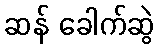
ဆန် ခေါက်ဆွဲ